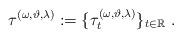
LaTeX: \begin{align*}\tau ^{(\omega ,\vartheta ,\lambda )}:=\{\tau _{t}^{(\omega ,\vartheta,\lambda )}\}_{t\in {\mathbb{R}}}\ . \end{align*}